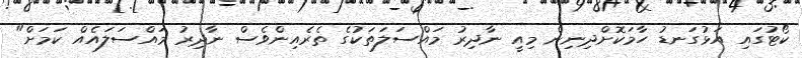
ކޯޓުގައި އަޅުގަނޑު ހާމަކޮށްދިނިން މިއީ ނާދިރު މައްސަލަތަކުގެ ތެރެއިންވެސް ނާދިރު މައްސަލައެއް ކަމަށް"